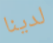
لدينا